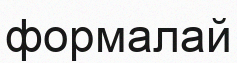
формалай